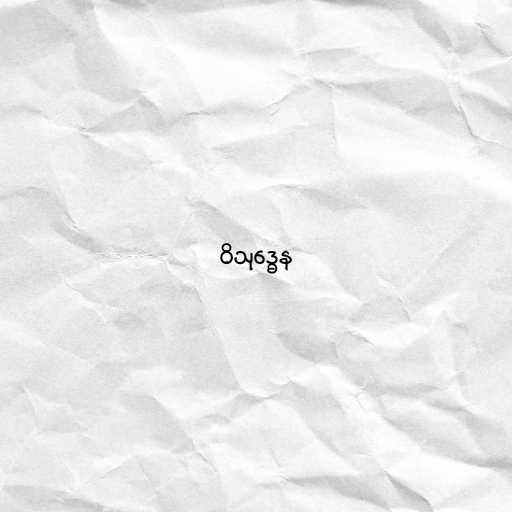
ဝိသုဒ္ဓေန